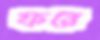
ফরে